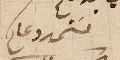
مستمد دعاكم